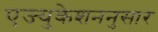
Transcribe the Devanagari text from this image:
एज्युकेशननुसार